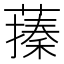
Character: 𦽥